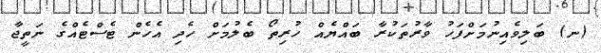
(ނ) ބަލިވެއިނުމަށްފަހު ވާރުތަކުރާ ބައްޔެއް ހުރިތޯ ބެލުމަށް ހެދި އެހެން ޓެސްޓެއްގެ ނަތީޖާ